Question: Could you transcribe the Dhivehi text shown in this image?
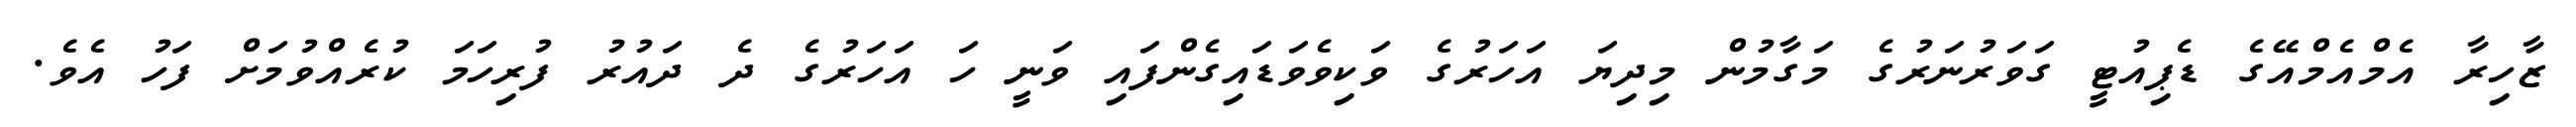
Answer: ޒާހިރާ އެމްއެމްއޭގެ ޑެޕިއުޓީ ގަވަރުނަރުގެ މަގާމުން މިދިޔަ އަހަރުގެ ވަކިވެވަޑައިގެންފައި ވަނީ ހަ އަހަރުގެ ދެ ދައުރު ފުރިހަމަ ކުރެއްވުމަށް ފަހު އެވެ.